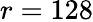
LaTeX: r=128